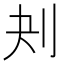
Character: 刔